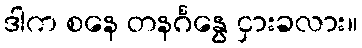
ဒါက စနေ တနင်္ဂနွေ ငှားခလား။